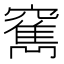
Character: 𥨣